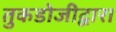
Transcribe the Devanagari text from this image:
तुकडोजीद्वारा